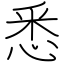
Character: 悉